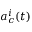
a _ { c } ^ { i } ( t )